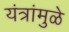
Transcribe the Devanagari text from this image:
यंत्रांमुळे